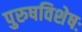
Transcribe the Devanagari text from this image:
पुरुषविशेषः